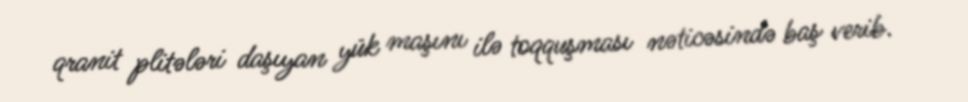
qranit plitələri daşıyan yük maşını ilə toqquşması nəticəsində baş verib.